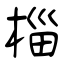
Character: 椔